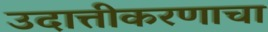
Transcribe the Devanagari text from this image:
उदात्तीकरणाचा